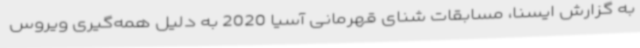
به گزارش ایسنا، مسابقات شنای قهرمانی آسیا 2020 به دلیل همه‌گیری ویروس